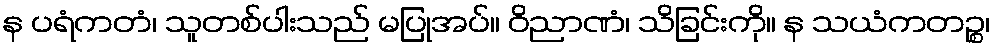
န ပရံကတံ၊ သူတစ်ပါးသည် မပြုအပ်။ ဝိညာဏံ၊ သိခြင်းကို။ န သယံကတဉ္စ၊